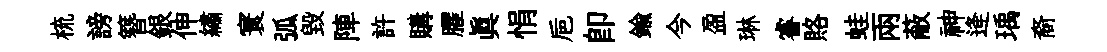
梳謗簪銀伸繡寰弧毁陣許購臞真悁巵卽鍮今盈琳睿賂蛙兩蔽神逄瑀裔